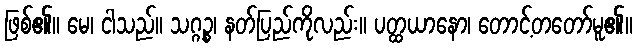
ဖြစ်၏။ မေ၊ ငါသည်။ သဂ္ဂဉ္စ၊ နတ်ပြည်ကိုလည်း။ ပတ္ထယာနော၊ တောင့်တတော်မူ၏။